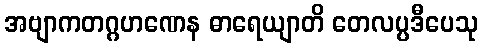
အဗျာကတဂ္ဂဟဏေန ဓာရေယျာတိ တေလပ္ပဒီပေသု